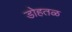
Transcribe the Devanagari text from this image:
डोहतळ